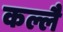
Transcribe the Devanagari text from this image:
कल्लै